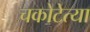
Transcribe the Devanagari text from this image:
चकोटेत्या